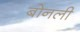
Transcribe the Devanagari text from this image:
बोनली